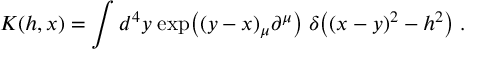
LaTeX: K ( h , x ) = \int d ^ { 4 } y \; \mathrm { e x p } \big ( ( y - x ) _ { \mu } \partial ^ { \mu } \big ) \; \delta \big ( ( x - y ) ^ { 2 } - h ^ { 2 } \big ) \; .